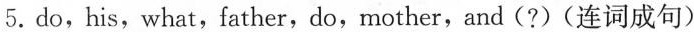
5. do, his, what, father, do, mother, and(?)(连词成句)